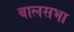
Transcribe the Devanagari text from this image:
बालसभा